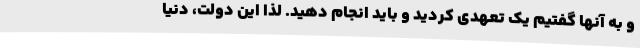
و به آنها گفتیم یک تعهدی کردید و باید انجام دهید. لذا این دولت، دنیا